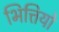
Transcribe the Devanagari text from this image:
भित्तियो